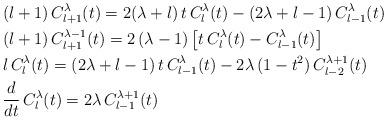
LaTeX: \begin{align*}&(l+1)\,C_{l+1}^\lambda(t)=2(\lambda+l)\,t\,C_l^\lambda(t)-(2\lambda+l-1)\,C_{l-1}^\lambda(t)\\&(l+1)\,C_{l+1}^{\lambda-1}(t)=2\,(\lambda-1)\left[t\,C_l^\lambda(t)-C_{l-1}^\lambda(t)\right]\\&l\,C_l^\lambda(t)=(2\lambda+l-1)\,t\,C_{l-1}^\lambda(t)-2\lambda\,(1-t^2)\,C_{l-2}^{\lambda+1}(t)\\&\frac{d}{dt}\,C_l^\lambda(t)=2\lambda\,C_{l-1}^{\lambda+1}(t)\end{align*}